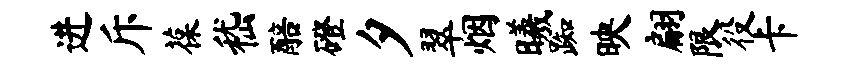
进斥葆嵇醅磴夕翠烟曦踟映翩限役卡